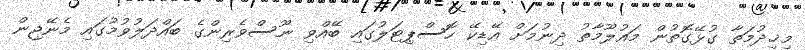
މިޚިދުމަތާ ގުޅޭގޮތުން މައުލޫމާތު ދިނުމަށް އޭޑިކޭ ހޮސްޕިޓަލުގައި ބޭއްވި ނޫސްވެރިންގެ ބައްދަލުވުމުގައި މެނޭޖިން